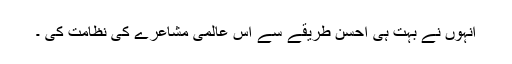
انہوں نے بہت ہی احسن طریقے سے اس عالمی مشاعرے کی نظامت کی ۔